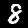
Label: 8